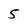
Character: 5